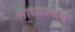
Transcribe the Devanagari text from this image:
माध्यश्थम